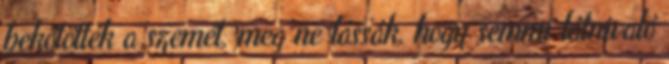
bekötötték a szemét, meg ne lássák, hogy semmi látnivaló